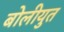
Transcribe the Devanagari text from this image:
बोलीयुत